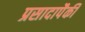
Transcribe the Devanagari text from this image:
प्रसादापैकी